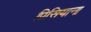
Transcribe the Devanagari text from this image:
प्रिसियाना